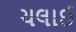
ચલાઈ